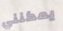
يمكنني